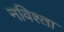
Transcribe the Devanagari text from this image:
नविश्ता